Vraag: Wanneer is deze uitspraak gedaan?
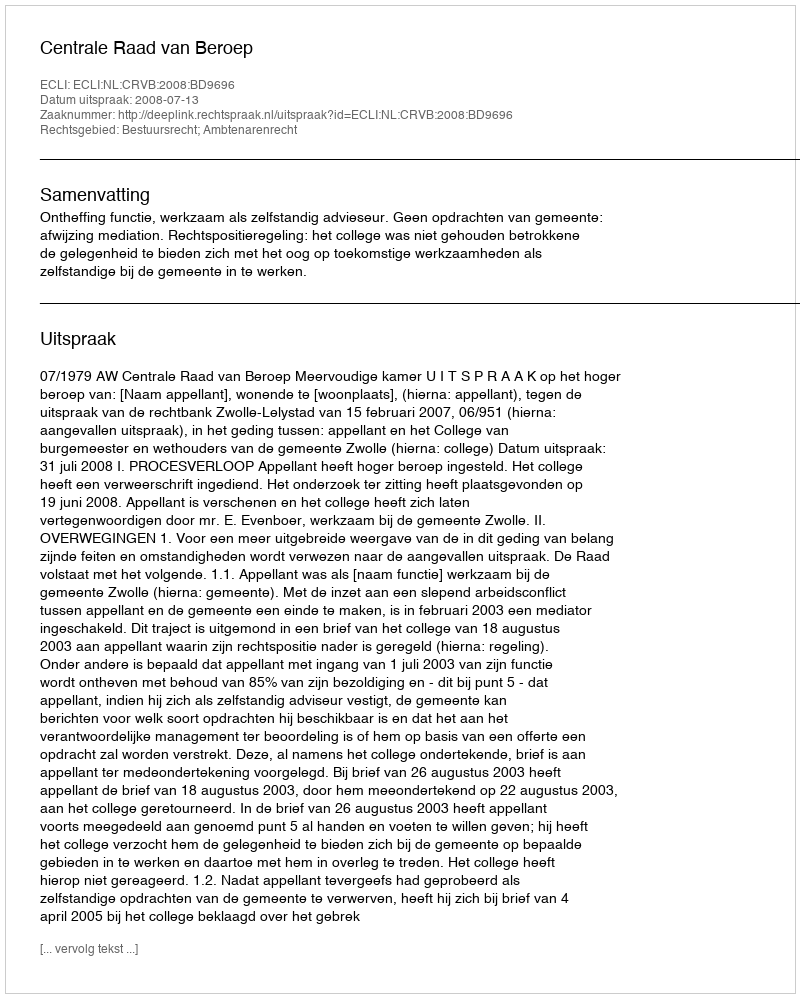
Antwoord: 2008-07-13